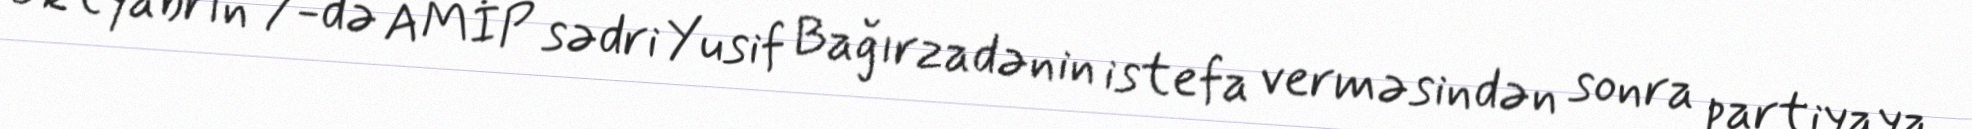
Oktyabrın 7-də AMİP sədri Yusif Bağırzadənin istefa verməsindən sonra partiyaya